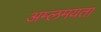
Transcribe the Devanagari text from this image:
अम्लमयता